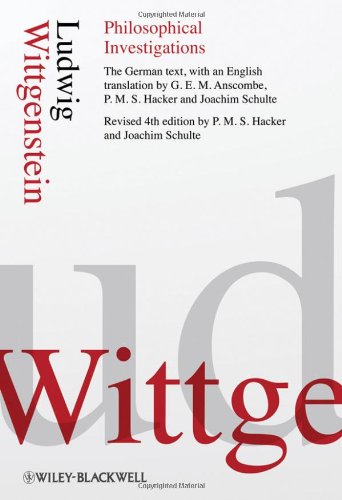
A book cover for Philosophical Investigations; Ludwig Wittgenstein; Politics & Social Sciences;